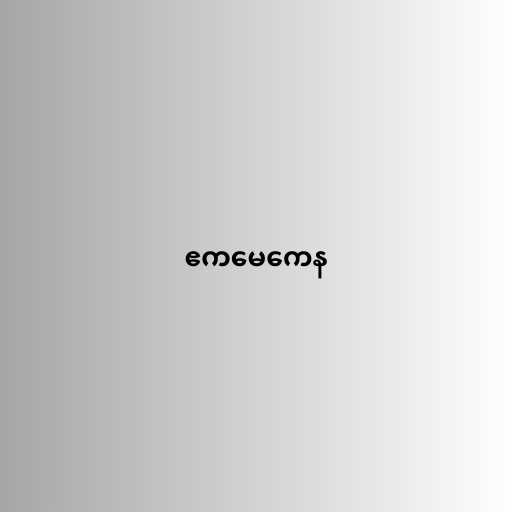
ဧကမေကေန